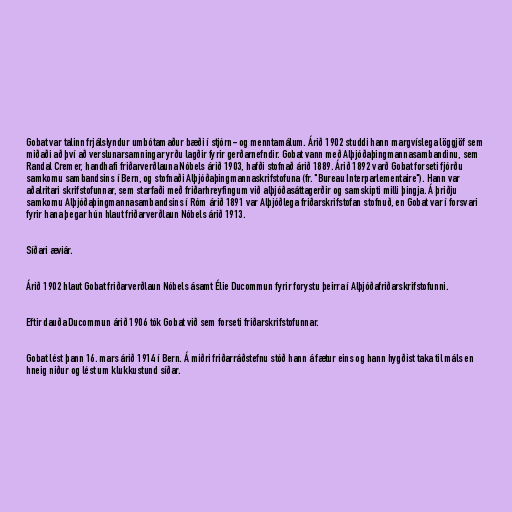
Gobat var talinn frjálslyndur umbótamaður bæði í stjórn- og menntamálum. Árið 1902 studdi hann margvíslega löggjöf sem
miðaði að því að verslunarsamningar yrðu lagðir fyrir gerðarnefndir. Gobat vann með Alþjóðaþingmannasambandinu, sem
Randal Cremer, handhafi friðarverðlauna Nóbels árið 1903, hafði stofnað árið 1889. Árið 1892 varð Gobat forseti fjórðu
samkomu sambandsins í Bern, og stofnaði Alþjóðaþingmannaskrifstofuna (fr. "Bureau Interparlementaire"). Hann var
aðalritari skrifstofunnar, sem starfaði með friðarhreyfingum við alþjóðasáttagerðir og samskipti milli þingja. Á þriðju
samkomu Alþjóðaþingmannasambandsins í Róm árið 1891 var Alþjóðlega friðarskrifstofan stofnuð, en Gobat var í forsvari
fyrir hana þegar hún hlaut friðarverðlaun Nóbels árið 1913.

Síðari æviár.

Árið 1902 hlaut Gobat friðarverðlaun Nóbels ásamt Élie Ducommun fyrir forystu þeirra í Alþjóðafriðarskrifstofunni.

Eftir dauða Ducommun árið 1906 tók Gobat við sem forseti friðarskrifstofunnar.

Gobat lést þann 16. mars árið 1914 í Bern. Á miðri friðarráðstefnu stóð hann á fætur eins og hann hygðist taka til máls en
hneig niður og lést um klukkustund síðar.